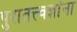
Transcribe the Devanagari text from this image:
पुरातत्त्वज्ञांना